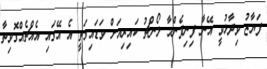
ފަޔާޒު ވިދާޅުވީ އޭނާ ފިނިފެންމާ ލޯންޗު ކައިރިއަށް ވަޑައިގަތީ އެ އޭގައި އެއްޗެއްގޮވިތާ